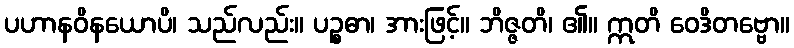
ပဟာနဝိနယောပိ၊ သည်လည်း။ ပဉ္စဓာ၊ အားဖြင့်။ ဘိဇ္ဇတိ၊ ၏။ ဣတိ ဝေဒိတဗ္ဗော။